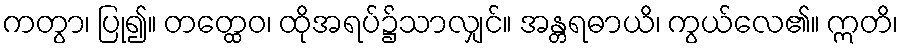
ကတွာ၊ ပြု၍။ တတ္ထေဝ၊ ထိုအရပ်၌သာလျှင်။ အန္တရဓာယိ၊ ကွယ်လေ၏။ ဣတိ၊